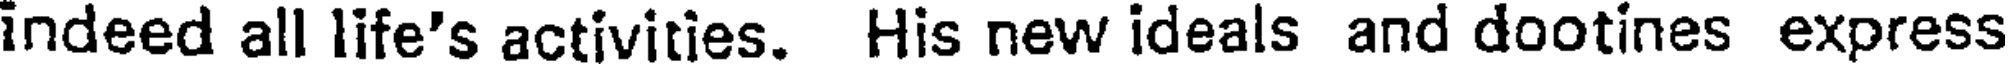
indeed all life's activities. His new ideals and dootines express